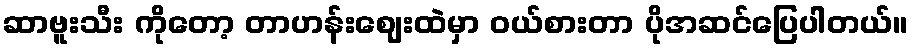
ဆာဗူးသီး ကိုတော့ တာဟန်းဈေးထဲမှာ ဝယ်စားတာ ပိုအဆင်ပြေပါတယ်။